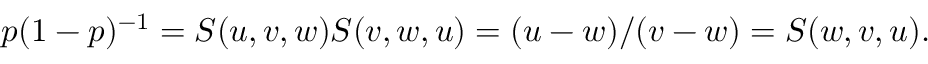
p ( 1 - p ) ^ { - 1 } = S ( u , v , w ) S ( v , w , u ) = ( u - w ) / ( v - w ) = S ( w , v , u ) .